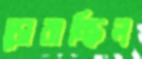
ডোবাচ্ছিল